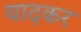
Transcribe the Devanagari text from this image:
यादकर